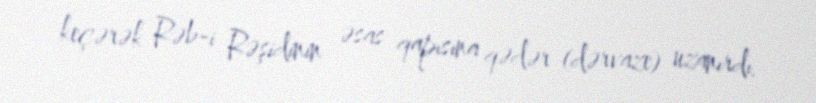
keçərək Rəb-i Rəşidinin əsas qapısına qədər (dərvaze) uzanırdı.